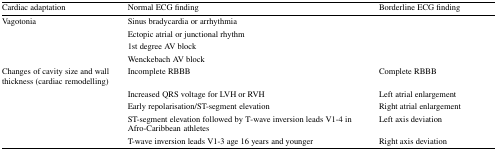
<table><thead><tr><td><b>Cardiac adaptation</b></td><td><b>Normal ECG finding</b></td><td><b>Borderline ECG finding</b></td></tr></thead><tbody><tr><td>Vagotonia</td><td>Sinus bradycardia or arrhythmia</td><td></td></tr><tr><td></td><td>Ectopic atrial or junctional rhythm</td><td></td></tr><tr><td></td><td>1st degree AV block</td><td></td></tr><tr><td></td><td>Wenckebach AV block</td><td></td></tr><tr><td>Changes of cavity size and wall thickness (cardiac remodelling)</td><td>Incomplete RBBB</td><td>Complete RBBB</td></tr><tr><td></td><td>Increased QRS voltage for LVH or RVH</td><td>Left atrial enlargement</td></tr><tr><td></td><td>Early repolarisation/ST-segment elevation</td><td>Right atrial enlargement</td></tr><tr><td></td><td>ST-segment elevation followed by T‐wave inversion leads V1-4 in Afro-Caribbean athletes</td><td>Left axis deviation</td></tr><tr><td></td><td>T-wave inversion leads V1-3 age 16 years and younger</td><td>Right axis deviation</td></tr></tbody></table>